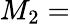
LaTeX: M_{2}=